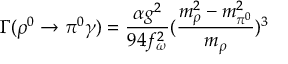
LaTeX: \Gamma ( \rho ^ { 0 } \rightarrow \pi ^ { 0 } \gamma ) = \frac { \alpha g ^ { 2 } } { 9 4 f _ { \omega } ^ { 2 } } ( \frac { m _ { \rho } ^ { 2 } - m _ { \pi ^ { 0 } } ^ { 2 } } { m _ { \rho } } ) ^ { 3 }